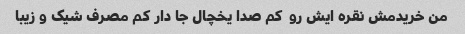
من خریدمش نقره ایش رو  کم صدا یخچال جا دار کم مصرف شیک و زیبا